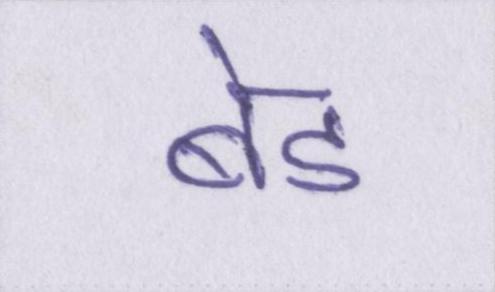
बेड